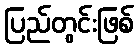
ပြည်တွင်းဖြစ်